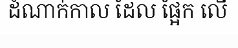
ដំណាក់កាល ដែល ផ្អែក លើ